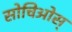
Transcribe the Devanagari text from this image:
सोचिओस्